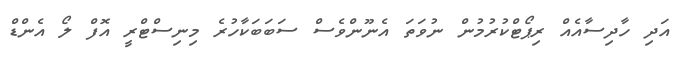
އަދި ހާދިސާއެއް ރިޕޯޓްކުރުމުން ނުވަތަ އެނޫންވެސް ސަބަބަކާހުރެ މިނިސްޓްރީ އޮފް ލޯ އެންޑް